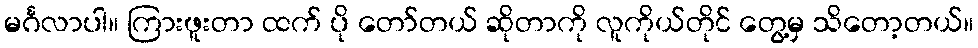
မင်္ဂလာပါ။ ကြားဖူးတာ ထက် ပို တော်တယ် ဆိုတာကို လူကိုယ်တိုင် တွေ့မှ သိတော့တယ်။